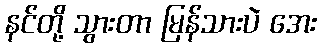
နင်တို့ သွားတာ မြန်သားပဲ အေး